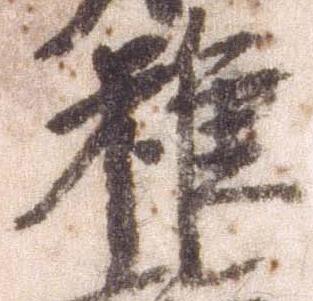
雖